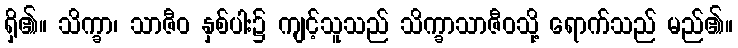
ရှိ၏။ သိက္ခာ၊ သာဇီဝ နှစ်ပါး၌ ကျင့်သူသည် သိက္ခာသာဇီဝသို့ ရောက်သည် မည်၏။